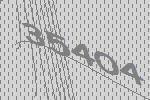
35404